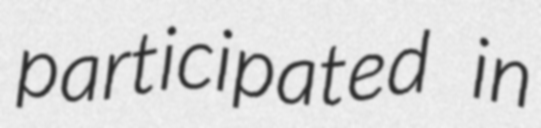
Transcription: participated in